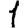
Digit: 1